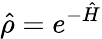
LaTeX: {\hat{\rho}}=e^{-{\hat{H}}}